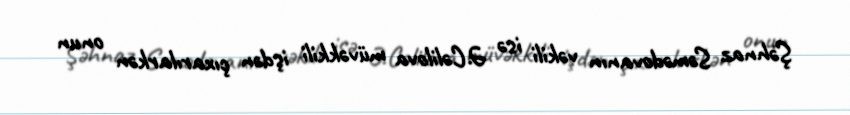
Şəhnaz Səmədovanın vəkili isə Ə.Cəlilova müvəkkili işdən çıxarılarkən onun